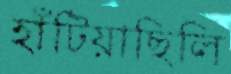
হাঁটিয়াছিলি